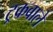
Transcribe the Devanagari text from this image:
ट्रकवाले